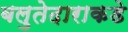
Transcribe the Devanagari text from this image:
बलुतेदाराकडे